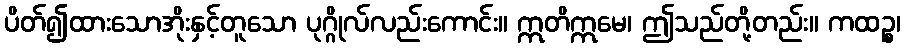
ပိတ်၍ထားသောအိုးနှင့်တူသော ပုဂ္ဂိုလ်လည်းကောင်း။ ဣတိဣမေ၊ ဤသည်တို့တည်း။ ကထဉ္စ၊